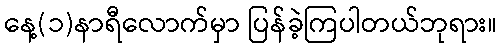
နေ့(၁)နာရီလောက်မှာ ပြန်ခဲ့ကြပါတယ်ဘုရား။